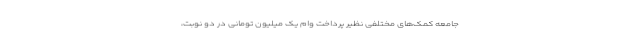
جامعه کمک‌های مختلفی نظیر پرداخت وام یک میلیون تومانی در دو نوبت،